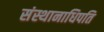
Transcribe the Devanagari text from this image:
संस्थानाधिपति